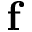
\mathbf { f }